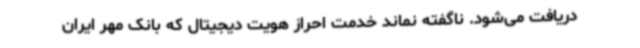
دریافت می‌شود. ناگفته نماند خدمت احراز هویت دیجیتال که بانک مهر ایران